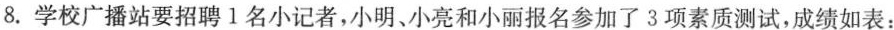
8.学校广播站要招聘1名小记者，小明、小亮和小丽报名参加了3项素质测试，成绩如表：